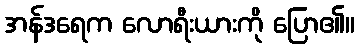
အန်ဒရေက လောရီးယားကို ပြော၏။